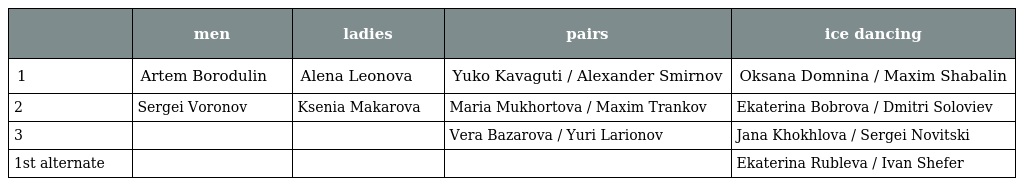
|  | men | ladies | pairs | ice dancing |
 | --- | --- | --- | --- | --- |
 | 1 | Artem Borodulin | Alena Leonova | Yuko Kavaguti / Alexander Smirnov | Oksana Domnina / Maxim Shabalin |
 | 2 | Sergei Voronov | Ksenia Makarova | Maria Mukhortova / Maxim Trankov | Ekaterina Bobrova / Dmitri Soloviev |
 | 3 |  |  | Vera Bazarova / Yuri Larionov | Jana Khokhlova / Sergei Novitski |
 | 1st alternate |  |  |  | Ekaterina Rubleva / Ivan Shefer |